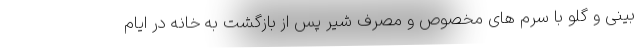
بینی و گلو با سرم های مخصوص و مصرف شیر پس از بازگشت به خانه در ایام